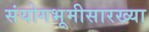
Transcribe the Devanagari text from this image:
संयोगभूमीसारख्या